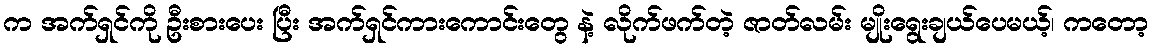
က အက်ရှင်ကို ဦးစားပေး ပြီး အက်ရှင်ကားကောင်းတွေ နဲ့ လိုက်ဖက်တဲ့ ဇာတ်လမ်း မျိုးရွေးချယ်ပေမယ့်၊ ကတော့